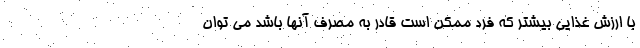
با ارزش غذایی بیشتر که فرد ممکن است قادر به مصرف آنها باشد می توان